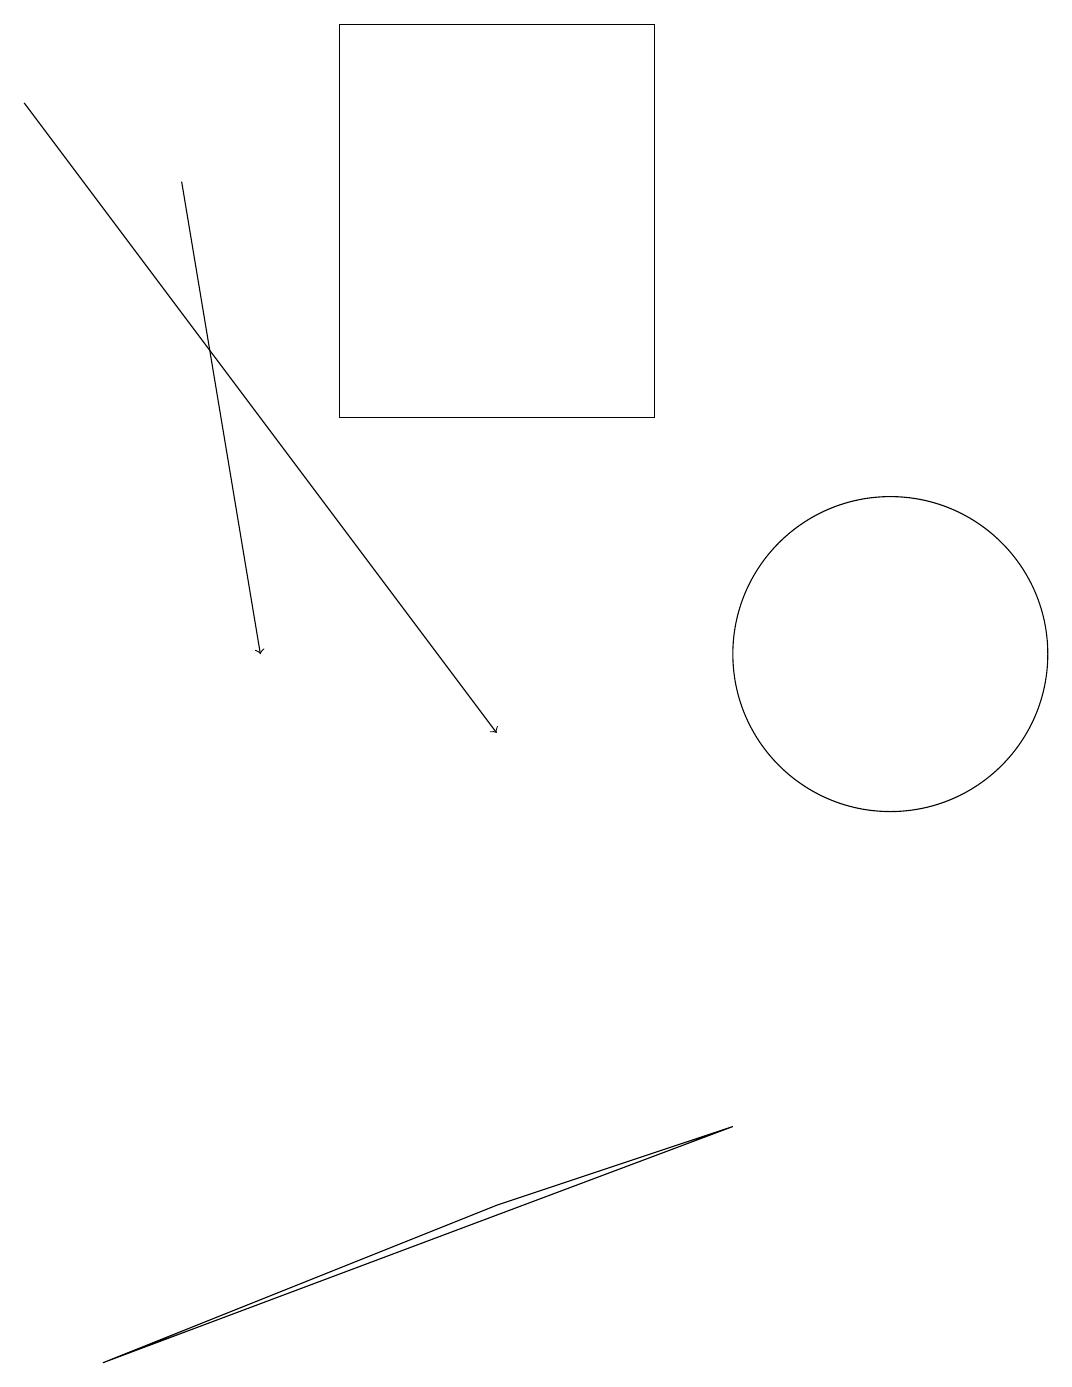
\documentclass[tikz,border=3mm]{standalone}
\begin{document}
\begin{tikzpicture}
\draw[->] (2,17) -- (3,11);
\draw (1,2) -- (6,4) -- (9,5) -- cycle;
\draw[->] (0,18) -- (6,10);
\draw (4,19) rectangle (8,14);
\draw (11,11) circle (2);
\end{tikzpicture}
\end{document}